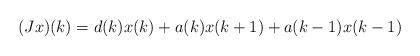
LaTeX: \begin{align*}(Jx)(k)=d(k)x(k)+a(k)x(k+1)+a(k-1)x(k-1) \end{align*}